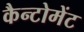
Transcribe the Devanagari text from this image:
कैन्‍टोमेंट